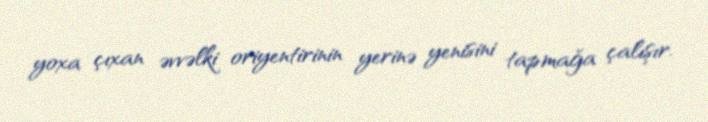
yoxa çıxan əvvəlki oriyentirinin yerinə yenisini tapmağa çalışır.